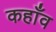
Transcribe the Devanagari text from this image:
कहाँव